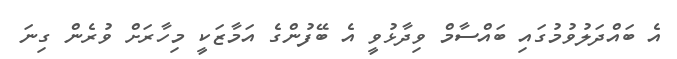
އެ ބައްދަލުވުމުގައި ބައްސާމް ވިދާޅުވީ އެ ބޭފުންގެ އަމާޒަކީ މިހާރަށް ވުރެން ގިނަ